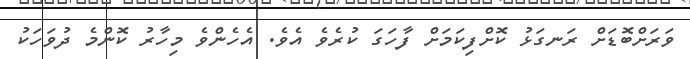
ވަރަށްބޮޑަށް ރަނގަޅު ކޮށްފިކަމަށް ފާހަގަ ކުރެވެ އެވެ. އެހެންވެ މިހާރު ކޮންމެ ދުވަހަކު